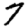
Digit: 7